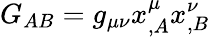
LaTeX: G_{AB}=g_{\mu\nu}x_{,A}^{\mu}x_{,B}^{\nu}